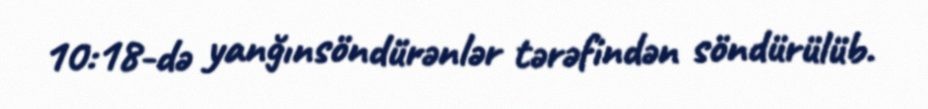
10:18-də yanğınsöndürənlər tərəfindən söndürülüb.